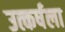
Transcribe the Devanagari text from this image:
उत्कर्षला